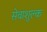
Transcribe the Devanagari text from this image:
सेवाशुल्क